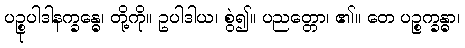
ပဉ္စုပါဒါနက္ခန္ဓေ၊ တို့ကို။ ဥပါဒါယ၊ စွဲ၍။ ပညတ္တော၊ ၏။ တေ ပဉ္စက္ခန္ဓာ၊